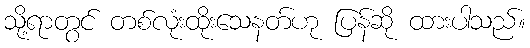
သို့ရာတွင် တစ်လုံးထိုးသေနတ်ဟု ပြန်ဆို ထားပါသည်။